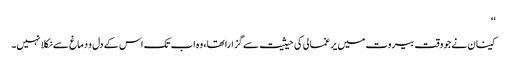
‘‘
کینان نے جو وقت بیروت میں یرغمالی کی حیثیت سے گزارا تھا، وہ اب تک اس کے دل و دماغ سے نکلا نہیں۔